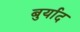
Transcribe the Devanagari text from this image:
बुर्याद